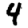
Digit: 4